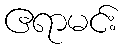
ဧရာမင်း